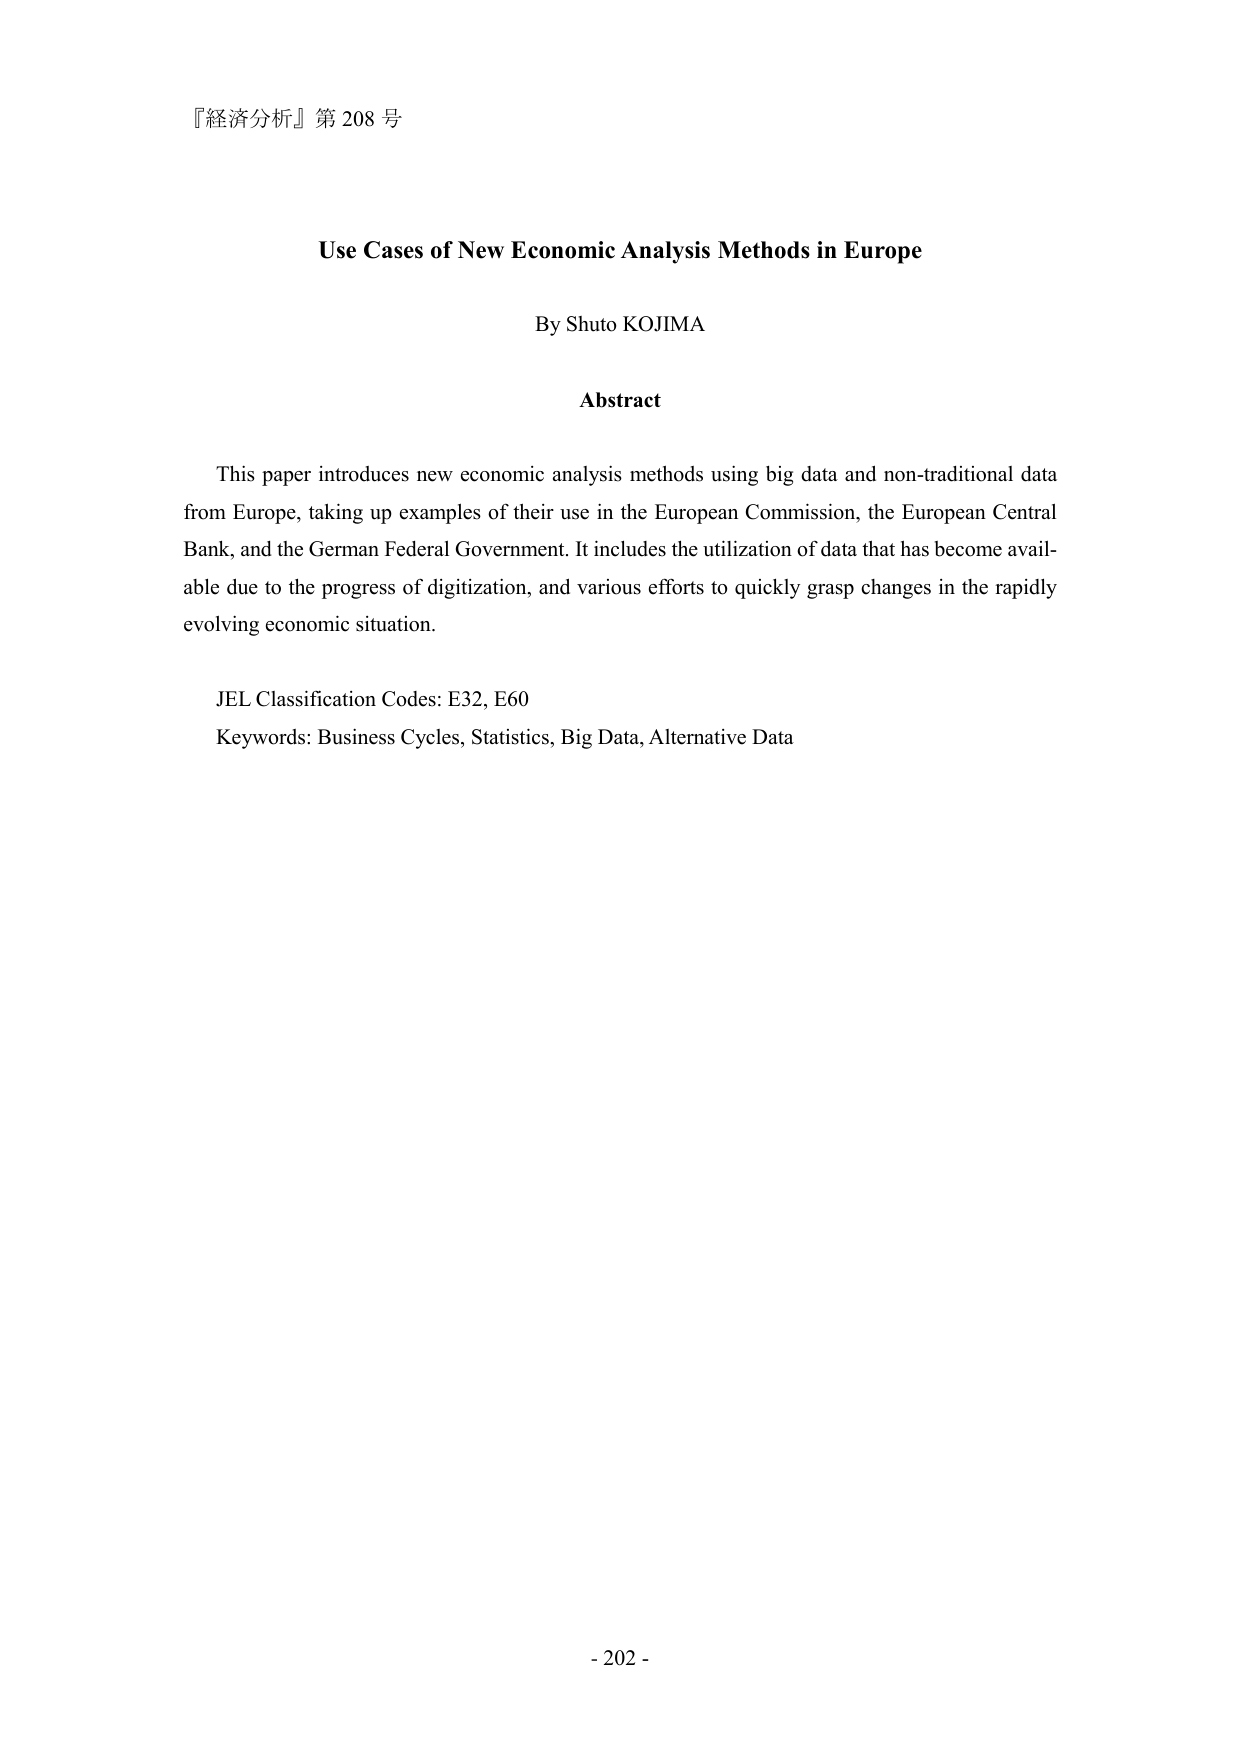
『経済分析』第 208 号

Use Cases of New Economic Analysis Methods in Europe

By Shuto KOJIMA

Abstract

This paper introduces new economic analysis methods using big data and non-traditional data from Europe, taking up examples of their use in the European Commission, the European Central Bank, and the German Federal Government. It includes the utilization of data that has become available due to the progress of digitization, and various efforts to quickly grasp changes in the rapidly evolving economic situation.

JEL Classification Codes: E32, E60
Keywords: Business Cycles, Statistics, Big Data, Alternative Data

- 202 -